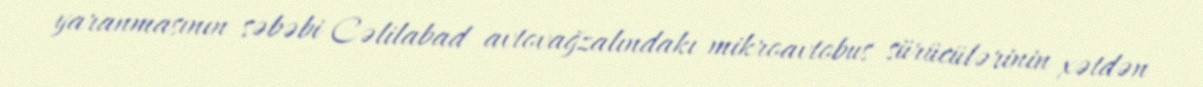
yaranmasının səbəbi Cəlilabad avtovağzalındakı mikroavtobus sürücülərinin xətdən